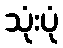
သုံးပုံ